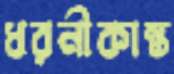
ধরনীকান্ত